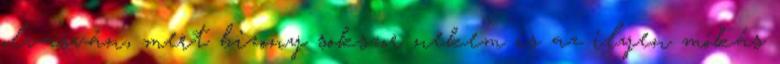
olvasván, mert bizony sokszor nekem is az ilyen mókás